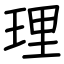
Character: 理